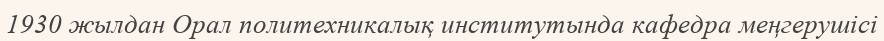
1930 жылдан Орал политехникалық институтында кафедра меңгерушісі